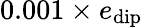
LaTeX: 0.001\times e_{\mathrm{dip}}